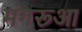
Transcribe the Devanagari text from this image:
मंगरूआ